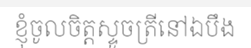
ខ្ញុំចូលចិត្តស្ទូចត្រីនៅឯបឹង